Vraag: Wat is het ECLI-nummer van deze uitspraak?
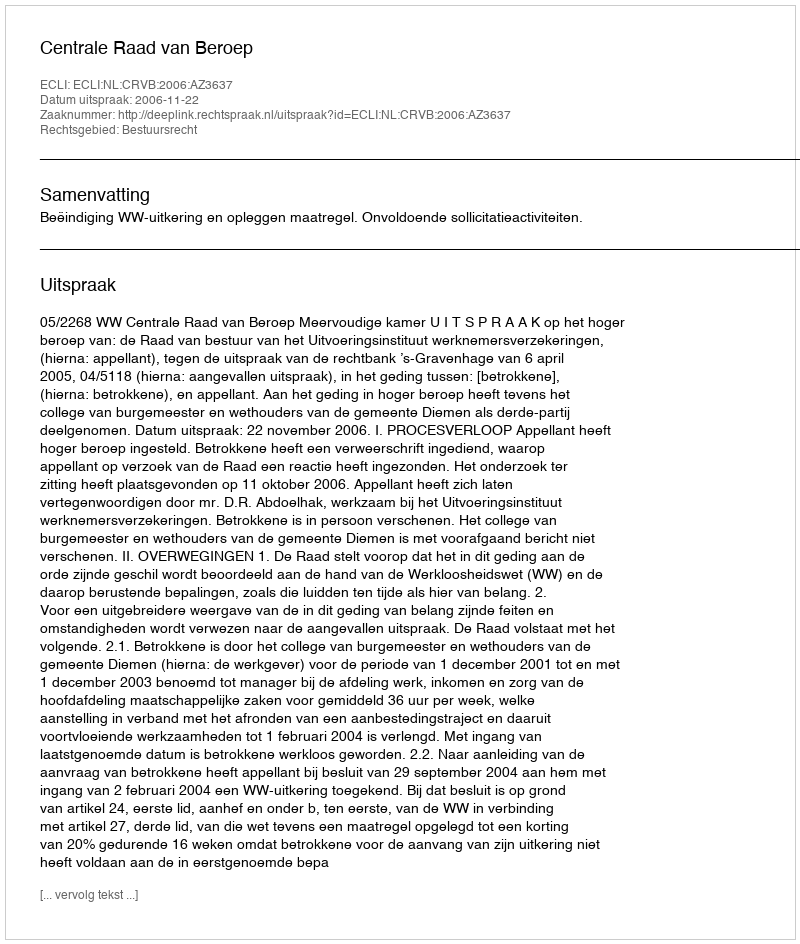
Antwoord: ECLI:NL:CRVB:2006:AZ3637